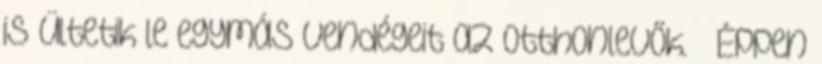
is ültetik le egymás vendégeit az otthonlevők. – Éppen